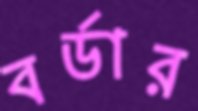
বর্ডার